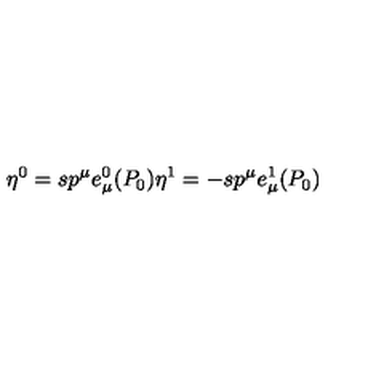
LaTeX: \eta ^ { 0 } = s p ^ { \mu } e _ { \mu } ^ { 0 } ( P _ { 0 } ) \eta ^ { 1 } = - s p ^ { \mu } e _ { \mu } ^ { 1 } ( P _ { 0 } )